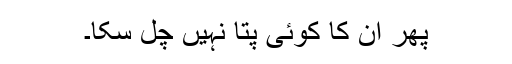
پھر ان کا کوئی پتا نہیں چل سکا۔